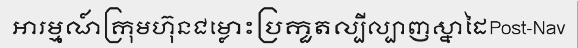
អារម្មណ៍ក្រុមហ៊ុនជម្លោះប្រកួតល្បីល្បាញស្នាដៃPost-Nav